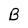
Character: B